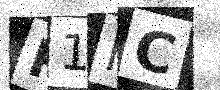
Text: R1MC